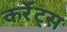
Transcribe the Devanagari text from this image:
कर्रेंट्स